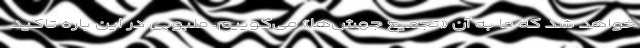
خواهد شد که ما به آن «تجمیع جهش‌ها» می‌گوییم. ملبوبی در این باره تاکید